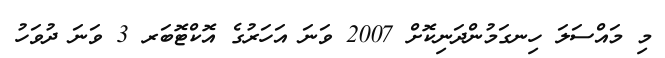
މި މައްސަލަ ހިނގަމުންދަނިކޮށް 2007 ވަނަ އަހަރުގެ އޮކްޓޮބަރ 3 ވަނަ ދުވަހު